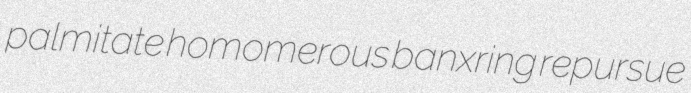
palmitate homomerous banxring repursue